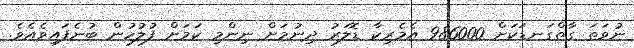
ނުވަތަ ގާތްގަނޑަކަށް 986000 އެމެރިކާ ޑޮލަރު ދިނުމަށް ނިންމި ކަމަށް ފުލުހުން ބުނެފައިވެއެވެ.